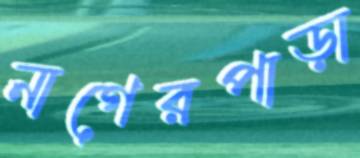
নাগেরপাড়া